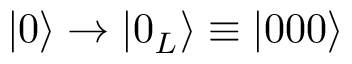
\vert 0 \rangle \rightarrow \vert 0 _ { L } \rangle \equiv \vert 0 0 0 \rangle